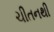
ચીતનથી